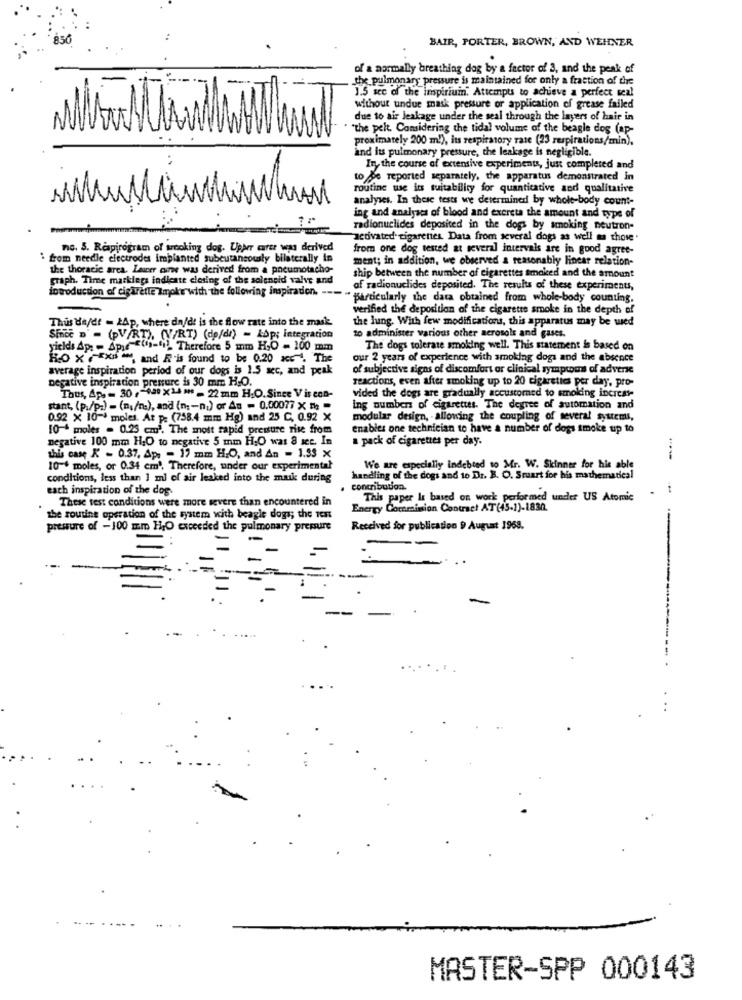
BAIR, PORTER, BROWN, AND WEHNER
of a normally breathing dog by a factor of 3, and the peak of
the pulmonary pressure is maintained for only a fraction of the
1.5 sec of the inspiriuin. Attempts to achieve a perfect seal
withour undue mask pressure or application of grease failed
due to air leakage under the seal through the layers of hair in
" "the pelt. Considering the tidal volume of the beagle dos (ap-
proximately 200 ml), its respiratory rate (23 respirations/min).
and its pulmonary pressure, the leakage is negligible.
In the course of extensive experiments, just completed and
to Be reported separately, the apparatus demonstrated in
routine we its suitability for quantitative and qualitative
analyses. In these tests we determined by whole-body count-
ing and analyses of blood and excreta the amount and type of
radionuclides deposited in the dogs by smoking neutron-
activated cigarettes. Data from several dogs as well as those.
nc. S. Respirogram of wrooking dog. Upper curer was derived
from one dog tested at several intervals are in good agree-
" from needle electrodes implanted subcutaneously bilaterally in
ment; in addition, we observed a reasonably linear relation-
the thoracic area. Lauer ourwe was derived from a pneumotacho-
graph. Time markings indicate closing of the solenoid valve and
ship between the number of cigarettes smoked and the amount
introduction of cigarette Impk's with the following inspiration. -
af radionuclides deposited. The results of these experiments,
particularly the data obtained from whole-body counting.
verified the deposition of the cigarette smoke in the depth of
Thus de/de - 2Ap, where da/dt is the flow rate into the mask.
the lung. With few modifications, this apparatus may be wed
Since D' = (PV/RT), (V/RT) (dp/di) - kop; integration
to administer various other aerosols and gases.
yields Ap: - Spie (n-til Therefore 5 mm HGO = 100 mm
The dogs tolerate smoking well. This statement is based on
RO XXXIV , and A'is found to be 0.20 xc . The
our 2 years of experience with smoking dogs and the absence
average inspiration period of our dogs is 1.5 sec, and peak
of subjective signs of discomfort or clinical symptoms of adverse
negative inspiration pressure is 30 mm H.O.
reactions, even after smoking up to 20 cigarettes per day, pro-
Thus, Apa - 30 ,- 440 X1-4 ** - 22 mm H.O. Since Vis con-
vided the dogs are gradually accustomed to smoking increase
stant, (p:/pa) - (n;/na), and (n: - ni) or An = 0,00077 x ": "
ing numbers of cigarettes. The degree of automation and
0.92 X 10-1 moles. At p: (758.4 mm Hg) and 25 C, 0.92 X
modular design, - allowing the coupling of several systems,
10 4 moles = 0.25 cm. The most rapid pressure rise from
enables one technician to have a number of dogs smoke up to
negative 100 mm H.O to negative 5 mm H.O was 8 set. In
a pack of cigarettes per day.
this case K - 0.37, Ap, - 17 mm H.O, and An - 1.53 x
10-+ moles, or 0.34 cm'. Therefore, under our experimental
We are especially indebted to Mr. W. Skinner for his able
conditions, less than 1 ml of air leaked into the maik during
handling of the dogs and to Dr. B. O. Stuart for his mathematical
each inspiration of the dog-
contribution.
These test conditions were more severe than encountered in
This paper Is based on work performed under US Atomic
Energy Commision Contract AT(45-1)-1830.
the routine operation of the system with beagle dogs; the Tent
pressure of -100 mm HO exceeded the pulmonary pressure
Received for publication 9 August 1968.
-
..
MASTER-SPP 000143